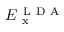
E _ { \mathrm { ~ x ~ } } ^ { \mathrm { ~ L ~ D ~ A ~ } }